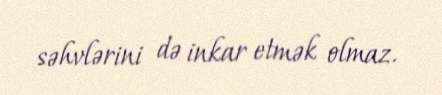
səhvlərini də inkar etmək olmaz.